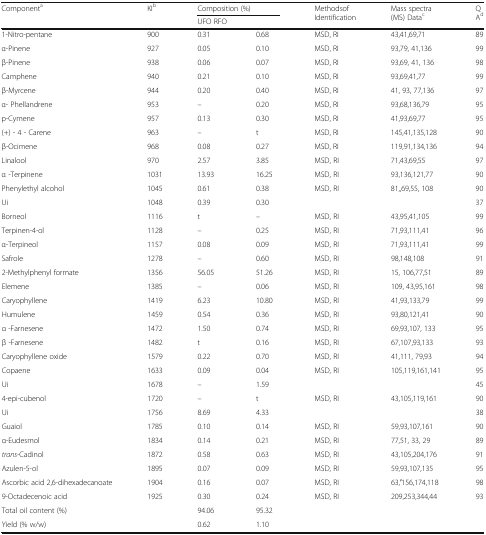
<table><thead><tr><td rowspan="2"><b>Component<sup>a</sup></b></td><td rowspan="2"><b>KI<sup>b</sup></b></td><td colspan="2"><b>Composition (%)</b></td><td rowspan="2"><b>Methodsof Identification</b></td><td rowspan="2"><b>Mass spectra (MS) Data<sup>c</sup></b></td><td rowspan="2"><b>Q A<sup>d</sup></b></td></tr><tr><td colspan="2"><b>UFO RFO</b></td></tr></thead><tbody><tr><td>1-Nitro-pentane</td><td>900</td><td>0.31</td><td>0.68</td><td>MSD, RI</td><td>43,41,69,71</td><td>89</td></tr><tr><td>α-Pinene</td><td>927</td><td>0.05</td><td>0.10</td><td>MSD, RI</td><td>93,79, 41,136</td><td>99</td></tr><tr><td>β-Pinene</td><td>938</td><td>0.06</td><td>0.07</td><td>MSD, RI</td><td>93,69, 41, 136</td><td>98</td></tr><tr><td>Camphene</td><td>940</td><td>0.21</td><td>0.10</td><td>MSD, RI</td><td>93,69,41,77</td><td>99</td></tr><tr><td>β-Myrcene</td><td>944</td><td>0.20</td><td>0.40</td><td>MSD, RI</td><td>41, 93, 77,136</td><td>97</td></tr><tr><td>α- Phellandrene</td><td>953</td><td>–</td><td>0.20</td><td>MSD, RI</td><td>93,68,136,79</td><td>95</td></tr><tr><td>p-Cymene</td><td>957</td><td>0.13</td><td>0.30</td><td>MSD, RI</td><td>41,93,69,77</td><td>95</td></tr><tr><td>(+) - 4 - Carene</td><td>963</td><td>–</td><td>t</td><td>MSD, RI</td><td>145,41,135,128</td><td>90</td></tr><tr><td>β-Ocimene</td><td>968</td><td>0.08</td><td>0.27</td><td>MSD, RI</td><td>119,91,134,136</td><td>94</td></tr><tr><td>Linalool</td><td>970</td><td>2.57</td><td>3.85</td><td>MSD, RI</td><td>71,43,69,55</td><td>97</td></tr><tr><td>α -Terpinene</td><td>1031</td><td>13.93</td><td>16.25</td><td>MSD, RI</td><td>93,136,121,77</td><td>90</td></tr><tr><td>Phenylethyl alcohol</td><td>1045</td><td>0.61</td><td>0.38</td><td>MSD, RI</td><td>81,,69,55, 108</td><td>90</td></tr><tr><td>Ui</td><td>1048</td><td>0.39</td><td>0.30</td><td></td><td></td><td>37</td></tr><tr><td>Borneol</td><td>1116</td><td>t</td><td>–</td><td>MSD, RI</td><td>43,95,41,105</td><td>99</td></tr><tr><td>Terpinen-4-ol</td><td>1128</td><td>–</td><td>0.25</td><td>MSD, RI</td><td>71,93,111,41</td><td>96</td></tr><tr><td>α-Terpineol</td><td>1157</td><td>0.08</td><td>0.09</td><td>MSD, RI</td><td>71,93,111,41</td><td>99</td></tr><tr><td>Safrole</td><td>1278</td><td>–</td><td>0.60</td><td>MSD, RI</td><td>98,148,108</td><td>91</td></tr><tr><td>2-Methylphenyl formate</td><td>1356</td><td>56.05</td><td>51.26</td><td>MSD, RI</td><td>15, 106,77,51</td><td>89</td></tr><tr><td>Elemene</td><td>1385</td><td>–</td><td>0.06</td><td>MSD, RI</td><td>109, 43,95,161</td><td>98</td></tr><tr><td>Caryophyllene</td><td>1419</td><td>6.23</td><td>10.80</td><td>MSD, RI</td><td>41,93,133,79</td><td>99</td></tr><tr><td>Humulene</td><td>1459</td><td>0.54</td><td>0.36</td><td>MSD, RI</td><td>93,80,121,41</td><td>90</td></tr><tr><td>α -Farnesene</td><td>1472</td><td>1.50</td><td>0.74</td><td>MSD, RI</td><td>69,93,107, 133</td><td>95</td></tr><tr><td>β -Farnesene</td><td>1482</td><td>t</td><td>0.16</td><td>MSD, RI</td><td>67,107,93,133</td><td>93</td></tr><tr><td>Caryophyllene oxide</td><td>1579</td><td>0.22</td><td>0.70</td><td>MSD, RI</td><td>41,111, 79,93</td><td>94</td></tr><tr><td>Copaene</td><td>1633</td><td>0.09</td><td>0.04</td><td>MSD, RI</td><td>105,119,161,141</td><td>95</td></tr><tr><td>Ui</td><td>1678</td><td>–</td><td>1.59</td><td></td><td></td><td>45</td></tr><tr><td>4-epi-cubenol</td><td>1720</td><td>–</td><td>t</td><td>MSD, RI</td><td>43,105,119,161</td><td>90</td></tr><tr><td>Ui</td><td>1756</td><td>8.69</td><td>4.33</td><td></td><td></td><td>38</td></tr><tr><td>Guaiol</td><td>1785</td><td>0.10</td><td>0.14</td><td>MSD, RI</td><td>59,93,107,161</td><td>90</td></tr><tr><td>α-Eudesmol</td><td>1834</td><td>0.14</td><td>0.21</td><td>MSD, RI</td><td>77,51, 33, 29</td><td>89</td></tr><tr><td><i>trans</i>-Cadinol</td><td>1872</td><td>0.58</td><td>0.63</td><td>MSD, RI</td><td>43,105,204,176</td><td>91</td></tr><tr><td>Azulen-5-ol</td><td>1895</td><td>0.07</td><td>0.09</td><td>MSD, RI</td><td>59,93,107,135</td><td>95</td></tr><tr><td>Ascorbic acid 2,6-dihexadecanoate</td><td>1904</td><td>0.16</td><td>0.07</td><td>MSD, RI</td><td>63,′156,174,118</td><td>98</td></tr><tr><td>9-Octadecenoic acid</td><td>1925</td><td>0.30</td><td>0.24</td><td>MSD, RI</td><td>209,253,344,44</td><td>93</td></tr><tr><td>Total oil content (%)</td><td></td><td>94.06</td><td>95.32</td><td></td><td></td><td></td></tr><tr><td>Yield (% w/w)</td><td></td><td>0.62</td><td>1.10</td><td></td><td></td><td></td></tr></tbody></table>